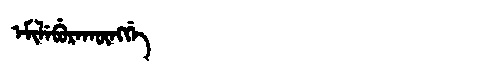
Manchu: ᡝᠮᡳᠯᡝᠪᡠᡵᠠᡴᡡᠩᡤᡝ
Romanization: EMILEBURAKŪNGGE